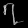
Digit: ၇